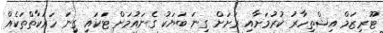
ޓޫރިޒަމް އިޝްތިހާރު ކުރުމަށާއި ރަށަށް ގިނަ ބަޔަކު ގެނައުމަށް ޓަކައި ގިނަ ހަރަކާތްތަކެއް